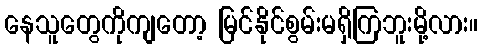
နေသူတွေကိုကျတော့ မြင်နိုင်စွမ်းမရှိကြဘူးမို့လား။